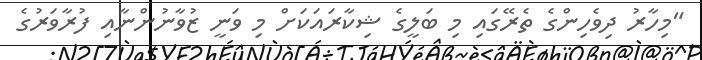
"މިހާރު ދިވެހިންގެ ތެރޭގައި މި ބަލީގެ ޝިކާރައަކަށް މި ވަނީ ޒުވާނުންނާއި ފުރާވަރުގެ